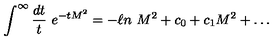
\int ^ { \infty } { \frac { d t } { t } } \ e ^ { - t M ^ { 2 } } = - \ell n \ M ^ { 2 } + c _ { 0 } + c _ { 1 } M ^ { 2 } + \dots